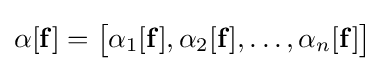
\mathbf {\alpha } [\mathbf {f} ]={\begin{bmatrix}\alpha _{1}[\mathbf {f} ],\alpha _{2}[\mathbf {f} ],\dots ,\alpha _{n}[\mathbf {f} ]\end{bmatrix}}